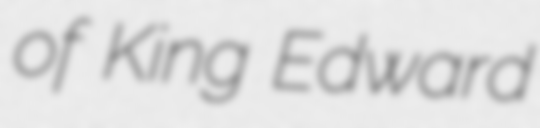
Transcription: of King Edward